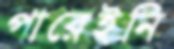
পারেইনি